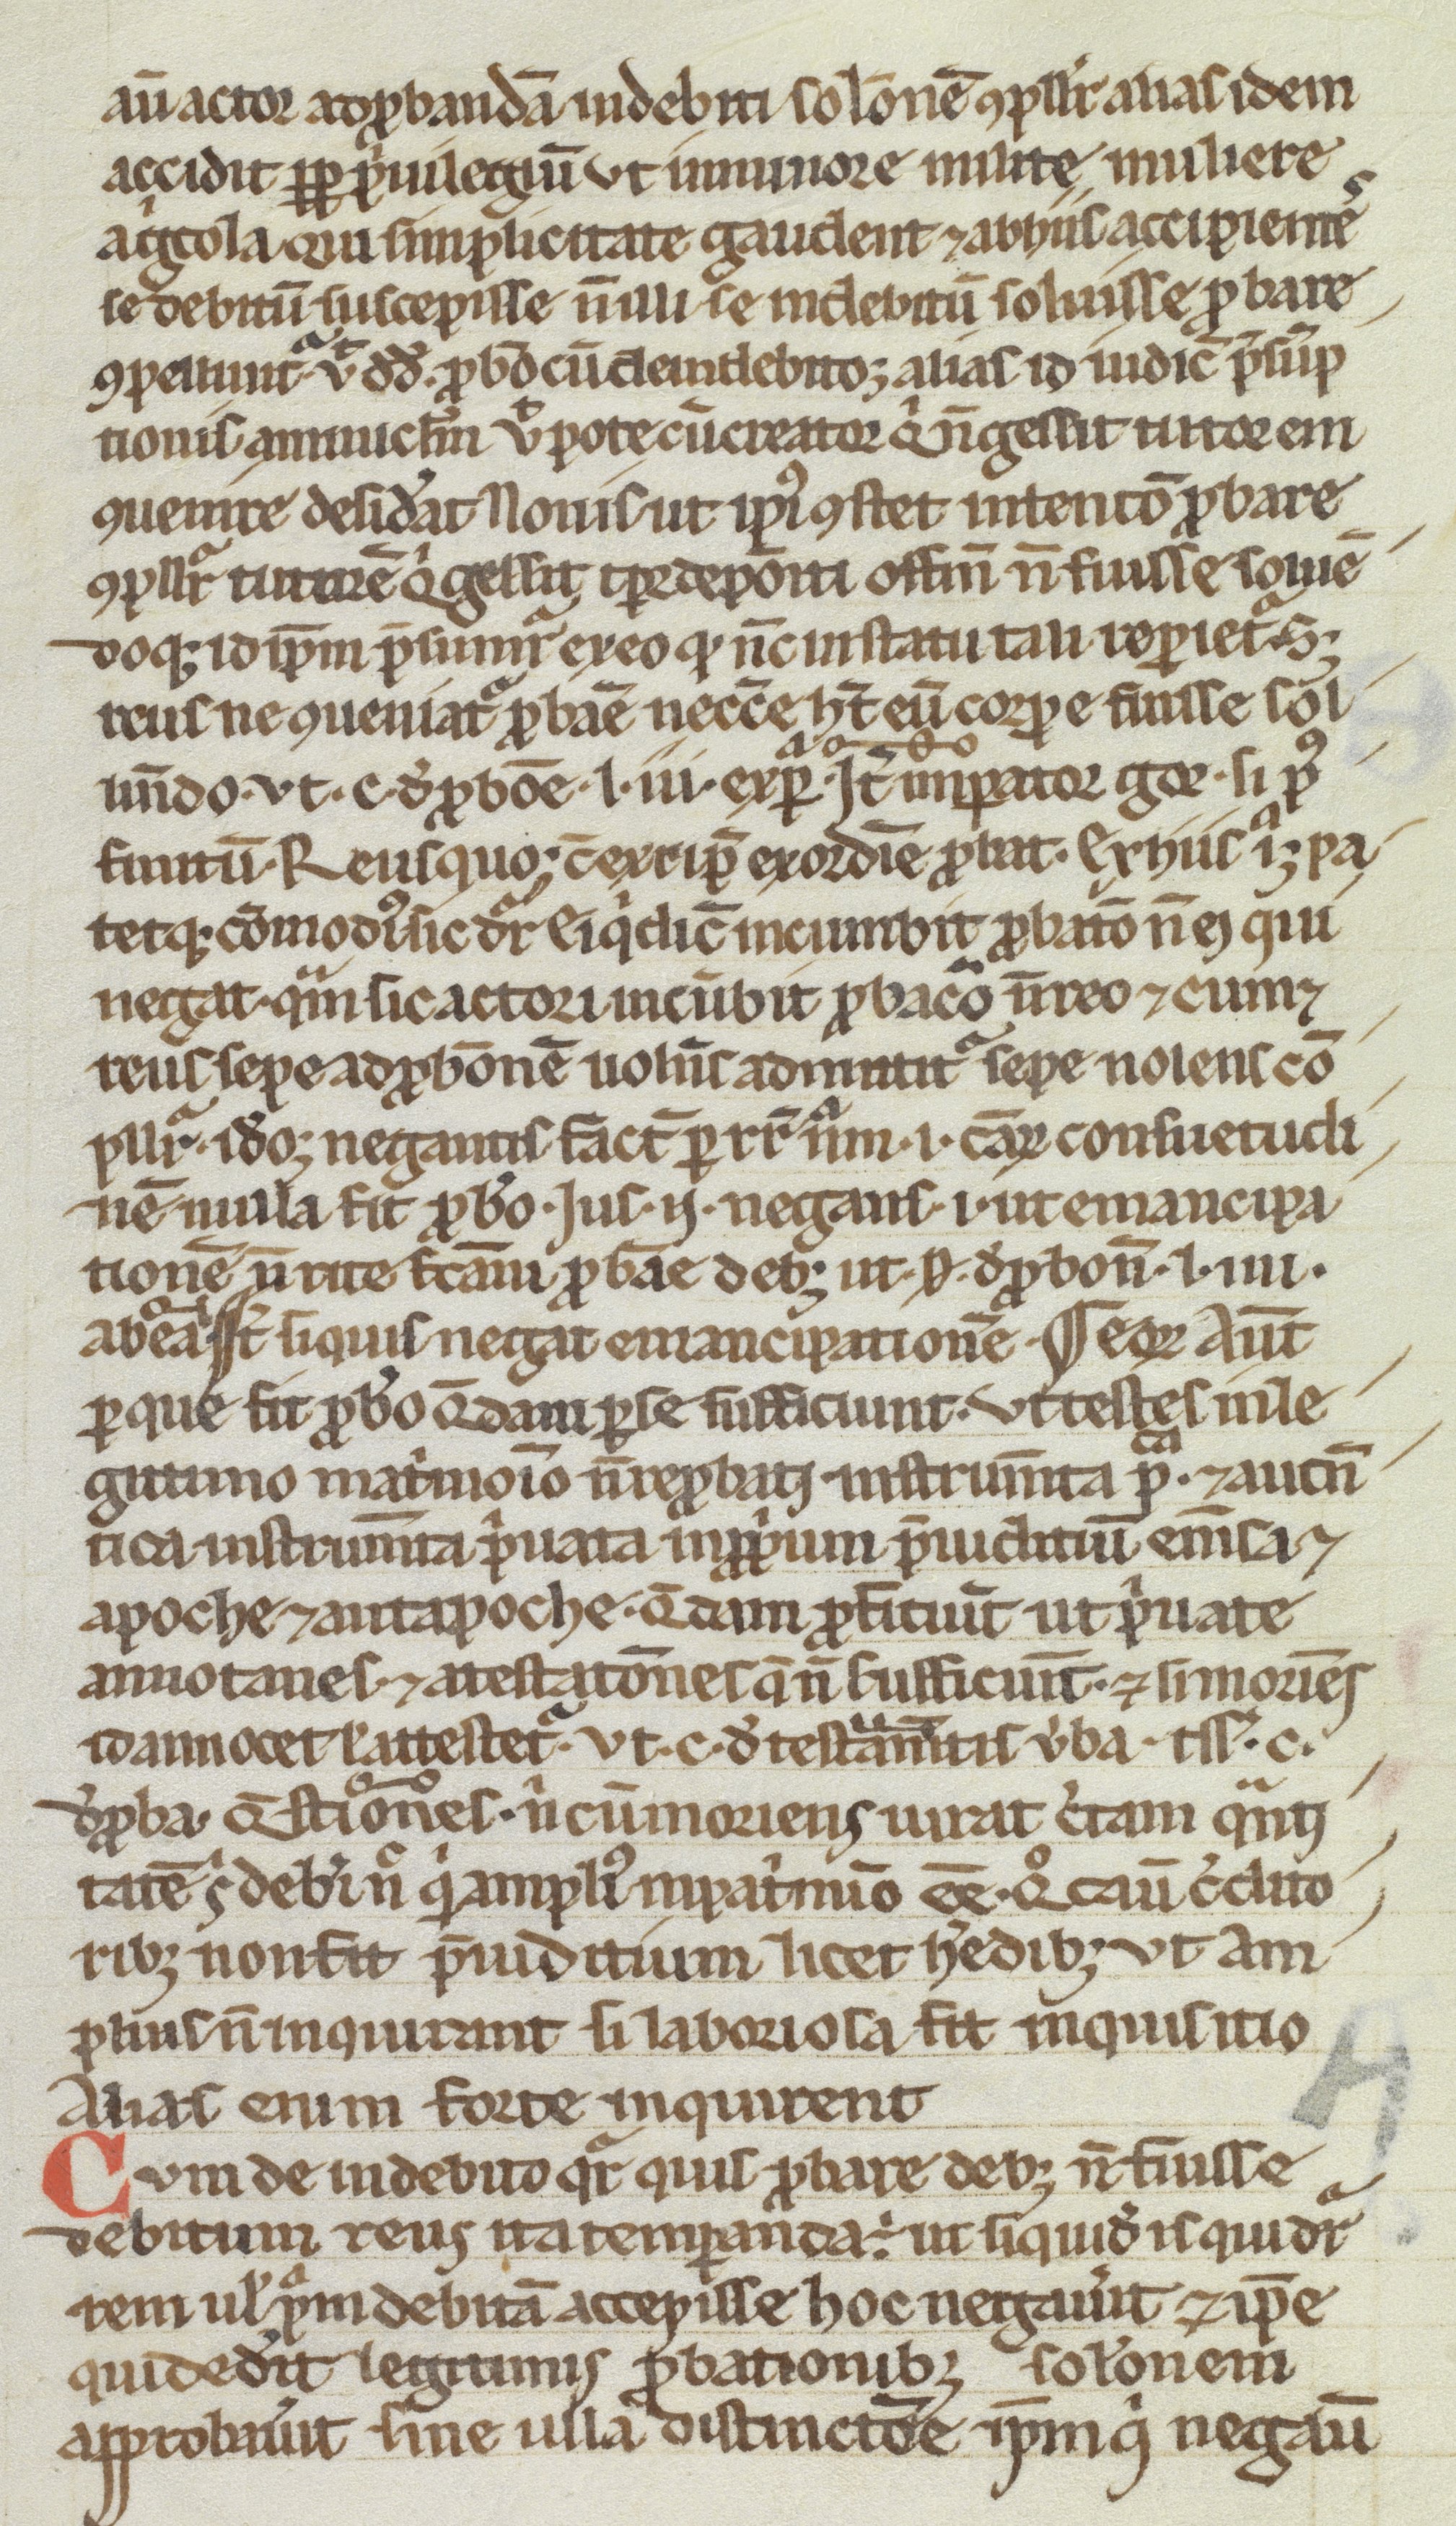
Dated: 1200–1299